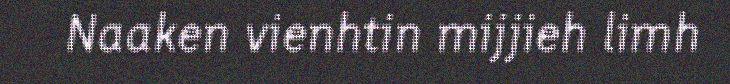
Naaken vienhtin mijjieh limh